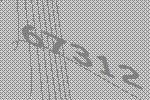
67312